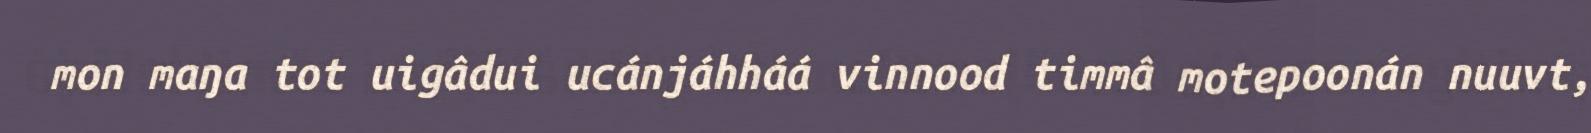
mon maŋa tot uigâdui ucánjáhháá vinnood timmâ motepoonán nuuvt,